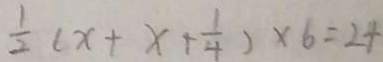
\frac { 1 } { 2 } ( x + x + \frac { 1 } { 4 } ) \times 6 = 2 4